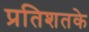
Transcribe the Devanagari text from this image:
प्रतिशतके